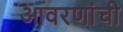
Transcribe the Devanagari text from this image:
आवरणांची